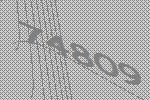
74809